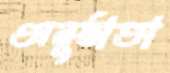
অনুষ্ঠাতা